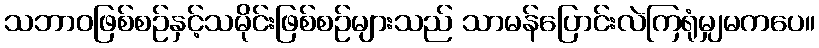
သဘာဝဖြစ်စဉ်နှင့်သမိုင်းဖြစ်စဉ်များသည် သာမန်ပြောင်းလဲကြရုံမျှမကပေ။